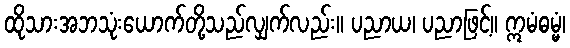
ထိုသားအဘသုံးယောက်တို့သည်လျှက်လည်း။ ပညာယ၊ ပညာဖြင့်။ ဣမံဓမ္မံ၊